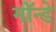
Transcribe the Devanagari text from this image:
मॉन्डे